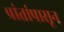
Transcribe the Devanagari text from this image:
प्रांतांपासून